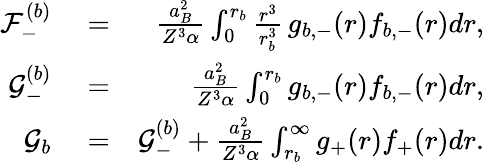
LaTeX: \begin{array}{rlr}{\mathcal{F}_{-}^{(b)}}&{{}=}&{\frac{a_{B}^{2}}{Z^{3}\alpha}\int_{0}^{r_{b}}\frac{r^{3}}{r_{b}^{3}}\, g_{b,-}(r)f_{b,-}(r)dr,}\\ {\mathcal{G}_{-}^{(b)}}&{{}=}&{\frac{a_{B}^{2}}{Z^{3}\alpha}\int_{0}^{r_{b}}g_{b,-}(r)f_{b,-}(r)dr,}\\ {\mathcal{G}_{b}}&{{}=}&{\mathcal{G}_{-}^{(b)}+\frac{a_{B}^{2}}{Z^{3}\alpha}\int_{r_{b}}^{\infty}g_{+}(r)f_{+}(r)dr.}\end{array}